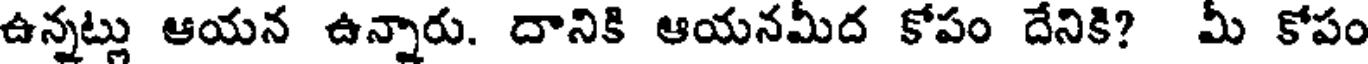
ఉన్నట్లు ఆయన ఉన్నారు. దానికి ఆయనమీద కోపం దేనికి? మీ కోపం